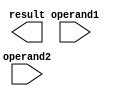
module BoothMultiplier (
    input wire [31:0] operand1,
    input wire [31:0] operand2,
    output reg [63:0] result
);

reg [31:0] multiplier;
reg [31:0] multiplicand;
reg [1:0] control;

reg [31:0] partial_product;
reg [63:0] accumulator;

// Booth encoder
always @* begin
    multiplier = operand1;
    multiplicand = operand2;
end

// Multiplier
always @* begin
    case (control)
        2'b00: partial_product = {32'b0, multiplier};
        2'b01: partial_product = {32'b0, multiplier};
        2'b10: partial_product = {32'b0, -multiplier};
        2'b11: partial_product = {32'b0, -multiplier};
    endcase
end

// Accumulator
always @* begin
    accumulator = accumulator + partial_product;
end

// Register file
always @* begin
    case (control)
        2'b00: begin // Store partial product in register
            // Register 1
        end
        2'b01: begin // Store accumulator in register
            // Register 2
        end
        2'b10: begin // Store partial product in register
            // Register 3
        end
        2'b11: begin // Store accumulator in register
            // Register 4
        end
    endcase
end

// Control logic
always @* begin
    // Control logic to manage sequencing of operations
end

endmodule